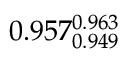
0 . 9 5 7 _ { 0 . 9 4 9 } ^ { 0 . 9 6 3 }